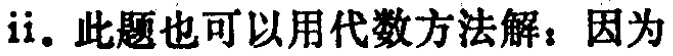
ii. 此题也可以用代数方法解：因为